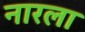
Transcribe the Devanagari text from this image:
नारला